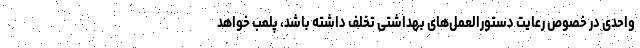
واحدی در خصوص رعایت دستورالعمل‌های بهداشتی تخلف داشته باشد، پلمب خواهد